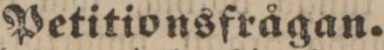
Petitionsfrågan.